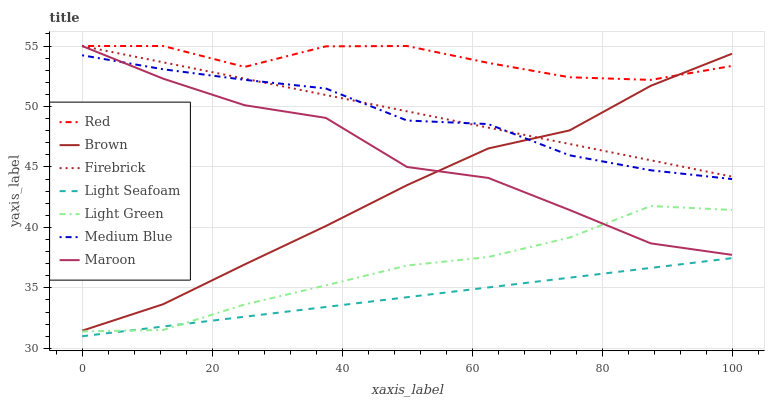
| xaxis_label | Red | Brown | Firebrick | Light Seafoam | Light Green | Medium Blue | Maroon |
 | --- | --- | --- | --- | --- | --- | --- | --- |
 | 0 | 55 | 31.5 | 55 | 31 | 31.4 | 54.2 | 55 |
 | 12.5 | 55 | 33.7 | 53.7 | 31.8 | 31.5 | 53.1 | 52.3 |
 | 25 | 53.3 | 36.9 | 52.3 | 32.6 | 33.6 | 52.2 | 50.1 |
 | 37.5 | 55 | 40.1 | 51 | 33.4 | 35.2 | 51.5 | 49.1 |
 | 50 | 55 | 43.5 | 49.6 | 34.2 | 36.8 | 48.8 | 45 |
 | 62.5 | 53.6 | 46.5 | 48.3 | 35 | 37.6 | 48.5 | 44.1 |
 | 75 | 52.4 | 48 | 46.9 | 35.8 | 39.2 | 46 | 41.4 |
 | 87.5 | 52.2 | 51.7 | 45.6 | 36.7 | 41.8 | 44.7 | 38.7 |
 | 100 | 53.4 | 54.4 | 44.2 | 37.5 | 41.4 | 44 | 37.7 |